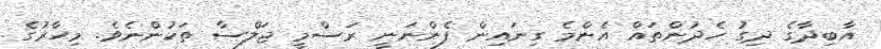
އާބިދާގެ ދިގު ހެދުންތައް އެންމެ ގިނައިން ފެންނަނީ ރަސްމީ ޖަލްސާ ތަކުންނެވެ. މިހާރުގެ